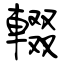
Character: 輟